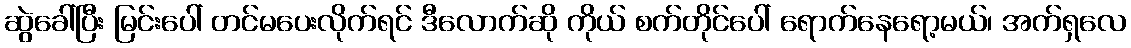
ဆွဲခေါ်ပြီး မြင်းပေါ် တင်မပေးလိုက်ရင် ဒီလောက်ဆို ကိုယ် စက်တိုင်ပေါ် ရောက်နေရော့မယ်၊ အက်ရှလေ